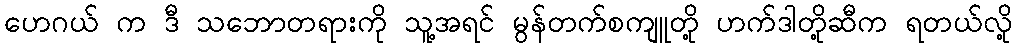
ဟေဂယ် က ဒီ သဘောတရားကို သူ့အရင် မွန်တက်စကျူတို့ ဟက်ဒါတို့ဆီက ရတယ်လို့